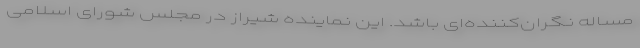
مساله نگران‌کننده‌ای باشد. این نماینده شیراز در مجلس شورای اسلامی